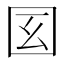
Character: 𡆻